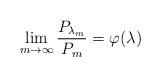
LaTeX: \begin{align*}\lim_{m\to\infty}\frac{P_{\lambda_m}}{P_m}=\varphi(\lambda)\,\,\,\,\,\end{align*}